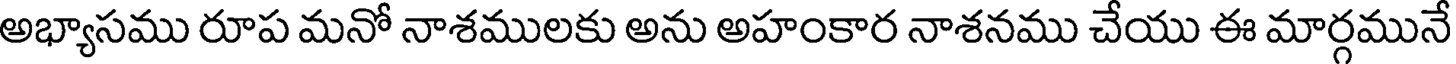
అభ్యాసము రూప మనో నాశములకు అను అహంకార నాశనము చేయు ఈ మార్గమునే